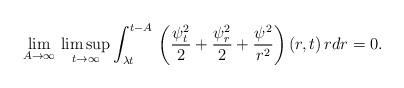
LaTeX: \begin{align*}\lim_{A\to\infty}\,\limsup_{t\to\infty}\int_{\lambda t}^{t-A}\,\left(\frac{\psi_t^2}{2}+\frac{\psi_r^2}{2}+\frac{\psi^2}{r^2}\right)(r,t)\,rdr=0.\end{align*}